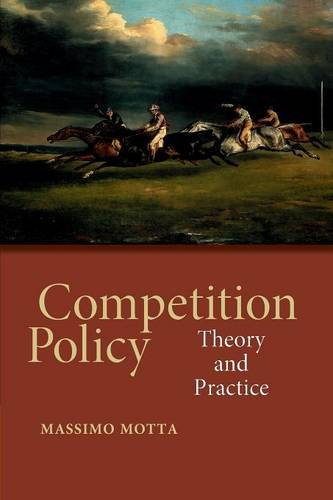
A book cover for Competition Policy: Theory and Practice; Massimo Motta; Business & Money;